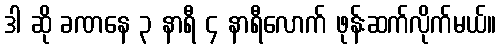
ဒါ ဆို ခဏနေ ၃ နာရီ ၄ နာရီလောက် ဖုန်းဆက်လိုက်မယ်။